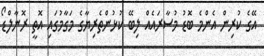
އޭގެ ކުރިން އެންމެ ބޮޑު މުސާރައެއް ލިބޭ ކުޅުންތެރިޔާގެ މަގާމުގައި އޮތީ ރޮނާލްޑޯ